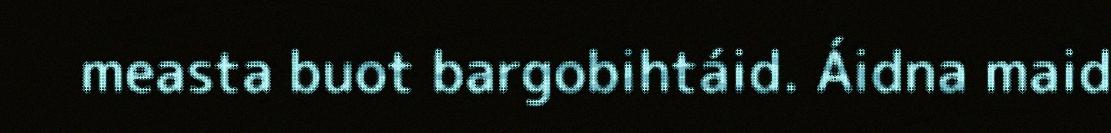
measta buot bargobihtáid. Áidna maid